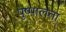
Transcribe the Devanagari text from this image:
पुष्पालता